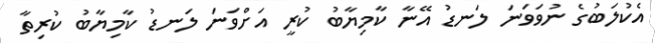
އެކުލަބުގެ ނުވަވަނަ ލަނޑު އޭނާ ކާމިޔާބު ކުރީ އަށްވަނަ ލަނޑު ކާމިޔާބު ކުރިތާ